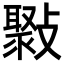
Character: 𣀒